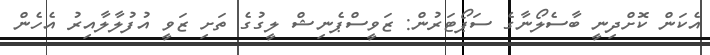
އެކަން ކޮށްދިނީ ބާސެލޯނާގެ ސަޕޯޓަރުން: ޒަވީސްޕެނިޝް ލީގުގެ ތަށި ޒަވީ އުފުލާލާއިރު އެހެން